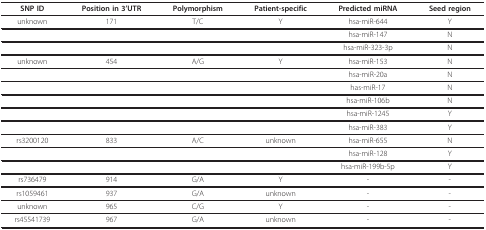
<table><thead><tr><td><b>SNP ID</b></td><td><b>Position in 3&#x27;UTR</b></td><td><b>Polymorphism</b></td><td><b>Patient-specific</b></td><td><b>Predicted miRNA</b></td><td><b>Seed region</b></td></tr></thead><tbody><tr><td>unknown</td><td>171</td><td>T/C</td><td>Y</td><td>hsa-miR-644</td><td>Y</td></tr><tr><td></td><td></td><td></td><td></td><td>hsa-miR-147</td><td>N</td></tr><tr><td></td><td></td><td></td><td></td><td>hsa-miR-323-3p</td><td>N</td></tr><tr><td>unknown</td><td>454</td><td>A/G</td><td>Y</td><td>hsa-miR-153</td><td>N</td></tr><tr><td></td><td></td><td></td><td></td><td>hsa-miR-20a</td><td>N</td></tr><tr><td></td><td></td><td></td><td></td><td>has-miR-17</td><td>N</td></tr><tr><td></td><td></td><td></td><td></td><td>hsa-miR-106b</td><td>N</td></tr><tr><td></td><td></td><td></td><td></td><td>hsa-miR-1245</td><td>Y</td></tr><tr><td></td><td></td><td></td><td></td><td>hsa-miR-383</td><td>Y</td></tr><tr><td>rs3200120</td><td>833</td><td>A/C</td><td>unknown</td><td>hsa-miR-655</td><td>N</td></tr><tr><td></td><td></td><td></td><td></td><td>hsa-miR-128</td><td>Y</td></tr><tr><td></td><td></td><td></td><td></td><td>hsa-miR-199b-5p</td><td>Y</td></tr><tr><td>rs736479</td><td>914</td><td>G/A</td><td>Y</td><td>-</td><td>-</td></tr><tr><td>rs1059461</td><td>937</td><td>G/A</td><td>unknown</td><td>-</td><td>-</td></tr><tr><td>unknown</td><td>965</td><td>C/G</td><td>Y</td><td>-</td><td>-</td></tr><tr><td>rs45541739</td><td>967</td><td>G/A</td><td>unknown</td><td>-</td><td>-</td></tr></tbody></table>